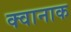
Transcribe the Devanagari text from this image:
क्वानाक